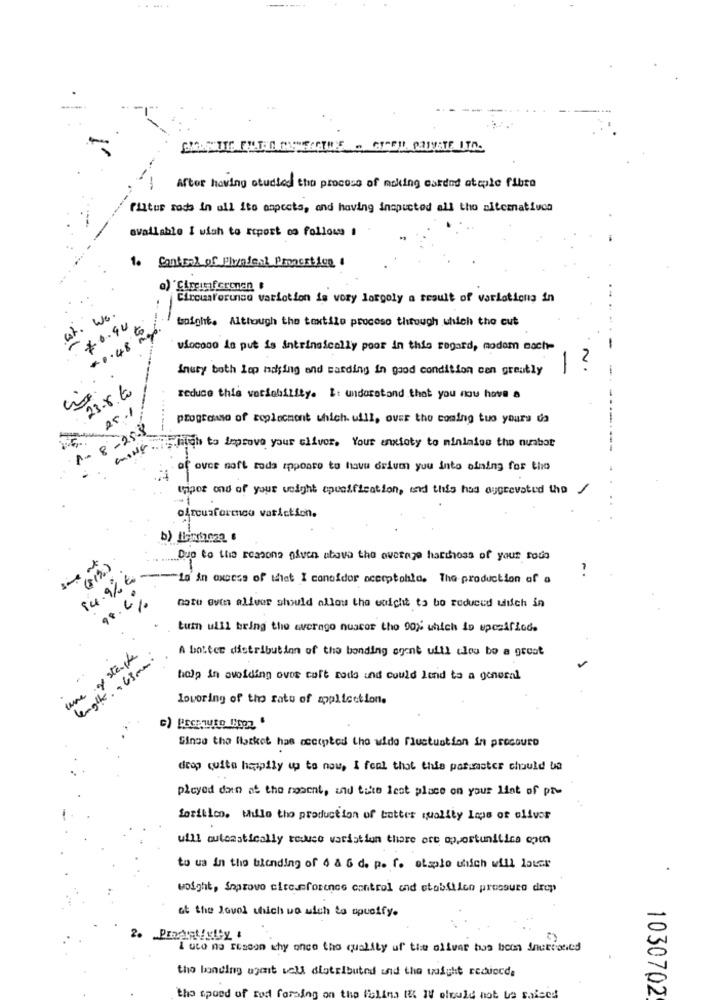
After having studied the process of making carded ateple fibre
filtus rods in all ito aspects, and having inspicted all the alternatives
available I wish to report no follow 1
1.
a) Circumferenen
Circumference variation is very largely a result of varlotions in
est. we.
tonight. Although the textile proceso through which the cut
$6.94
48 2
vincono is put is intrinsically poor in this rogard, modom mach-
-
2
Inury both lop making and warding in good condition can greatly
23.8.20
reduce this veriebility. I: understand that you now have a
programo of seplacment which. uill, over the coming tuo yours da
8-25-3
-
"high to improve your oliver. Your anxiety to ninialso the number
MING
af ovce soft roda appoaro to have orium you into ofning for the
tripor ond of your weight specification, and this had aggravated the
/
oftousformco variction.
Due to the reasons given above the ovetaze harthoss of your foto
14.9% to
-Lo in oxsess of that I considor acceptohla. The production of a
notu evin aliver should allow the waight to bo reduced auch in
tuth ulli bring the average nuscor the 90% which in spesificd.
of stengte
A botter distribution of the bonding agent uill tlou bo a great
le-glk . + 63mm
hola in avoiding ovos coft rods und could lend ta a general
Loworing of tho ratu of application.
G) PEGETVED DOOR "
Ginge the flatket has accepted the wide fluctuation in procouro
drop quita happily up to now, I feel that thie paraaster chould ba
played dan at the moment, and bike lest place on your list of pre
feritico. While the production of better quality leps of oliver
will automatically reduce variation there are opportunitica com
to us in the blanding of 4 & 6 d. p. f. otsplo which will later
woight, Soprovo citeamforence control and stabfileo pressure drop
at the Iovol thich wo uich ta opusify.
2. Procent/gley :
I uco no reason why once the quality of the oliver has been Snutioned
the landing ugart wall distributed and the weight records
1030702
the speed of ted forsing on the filing it If elbald not ta